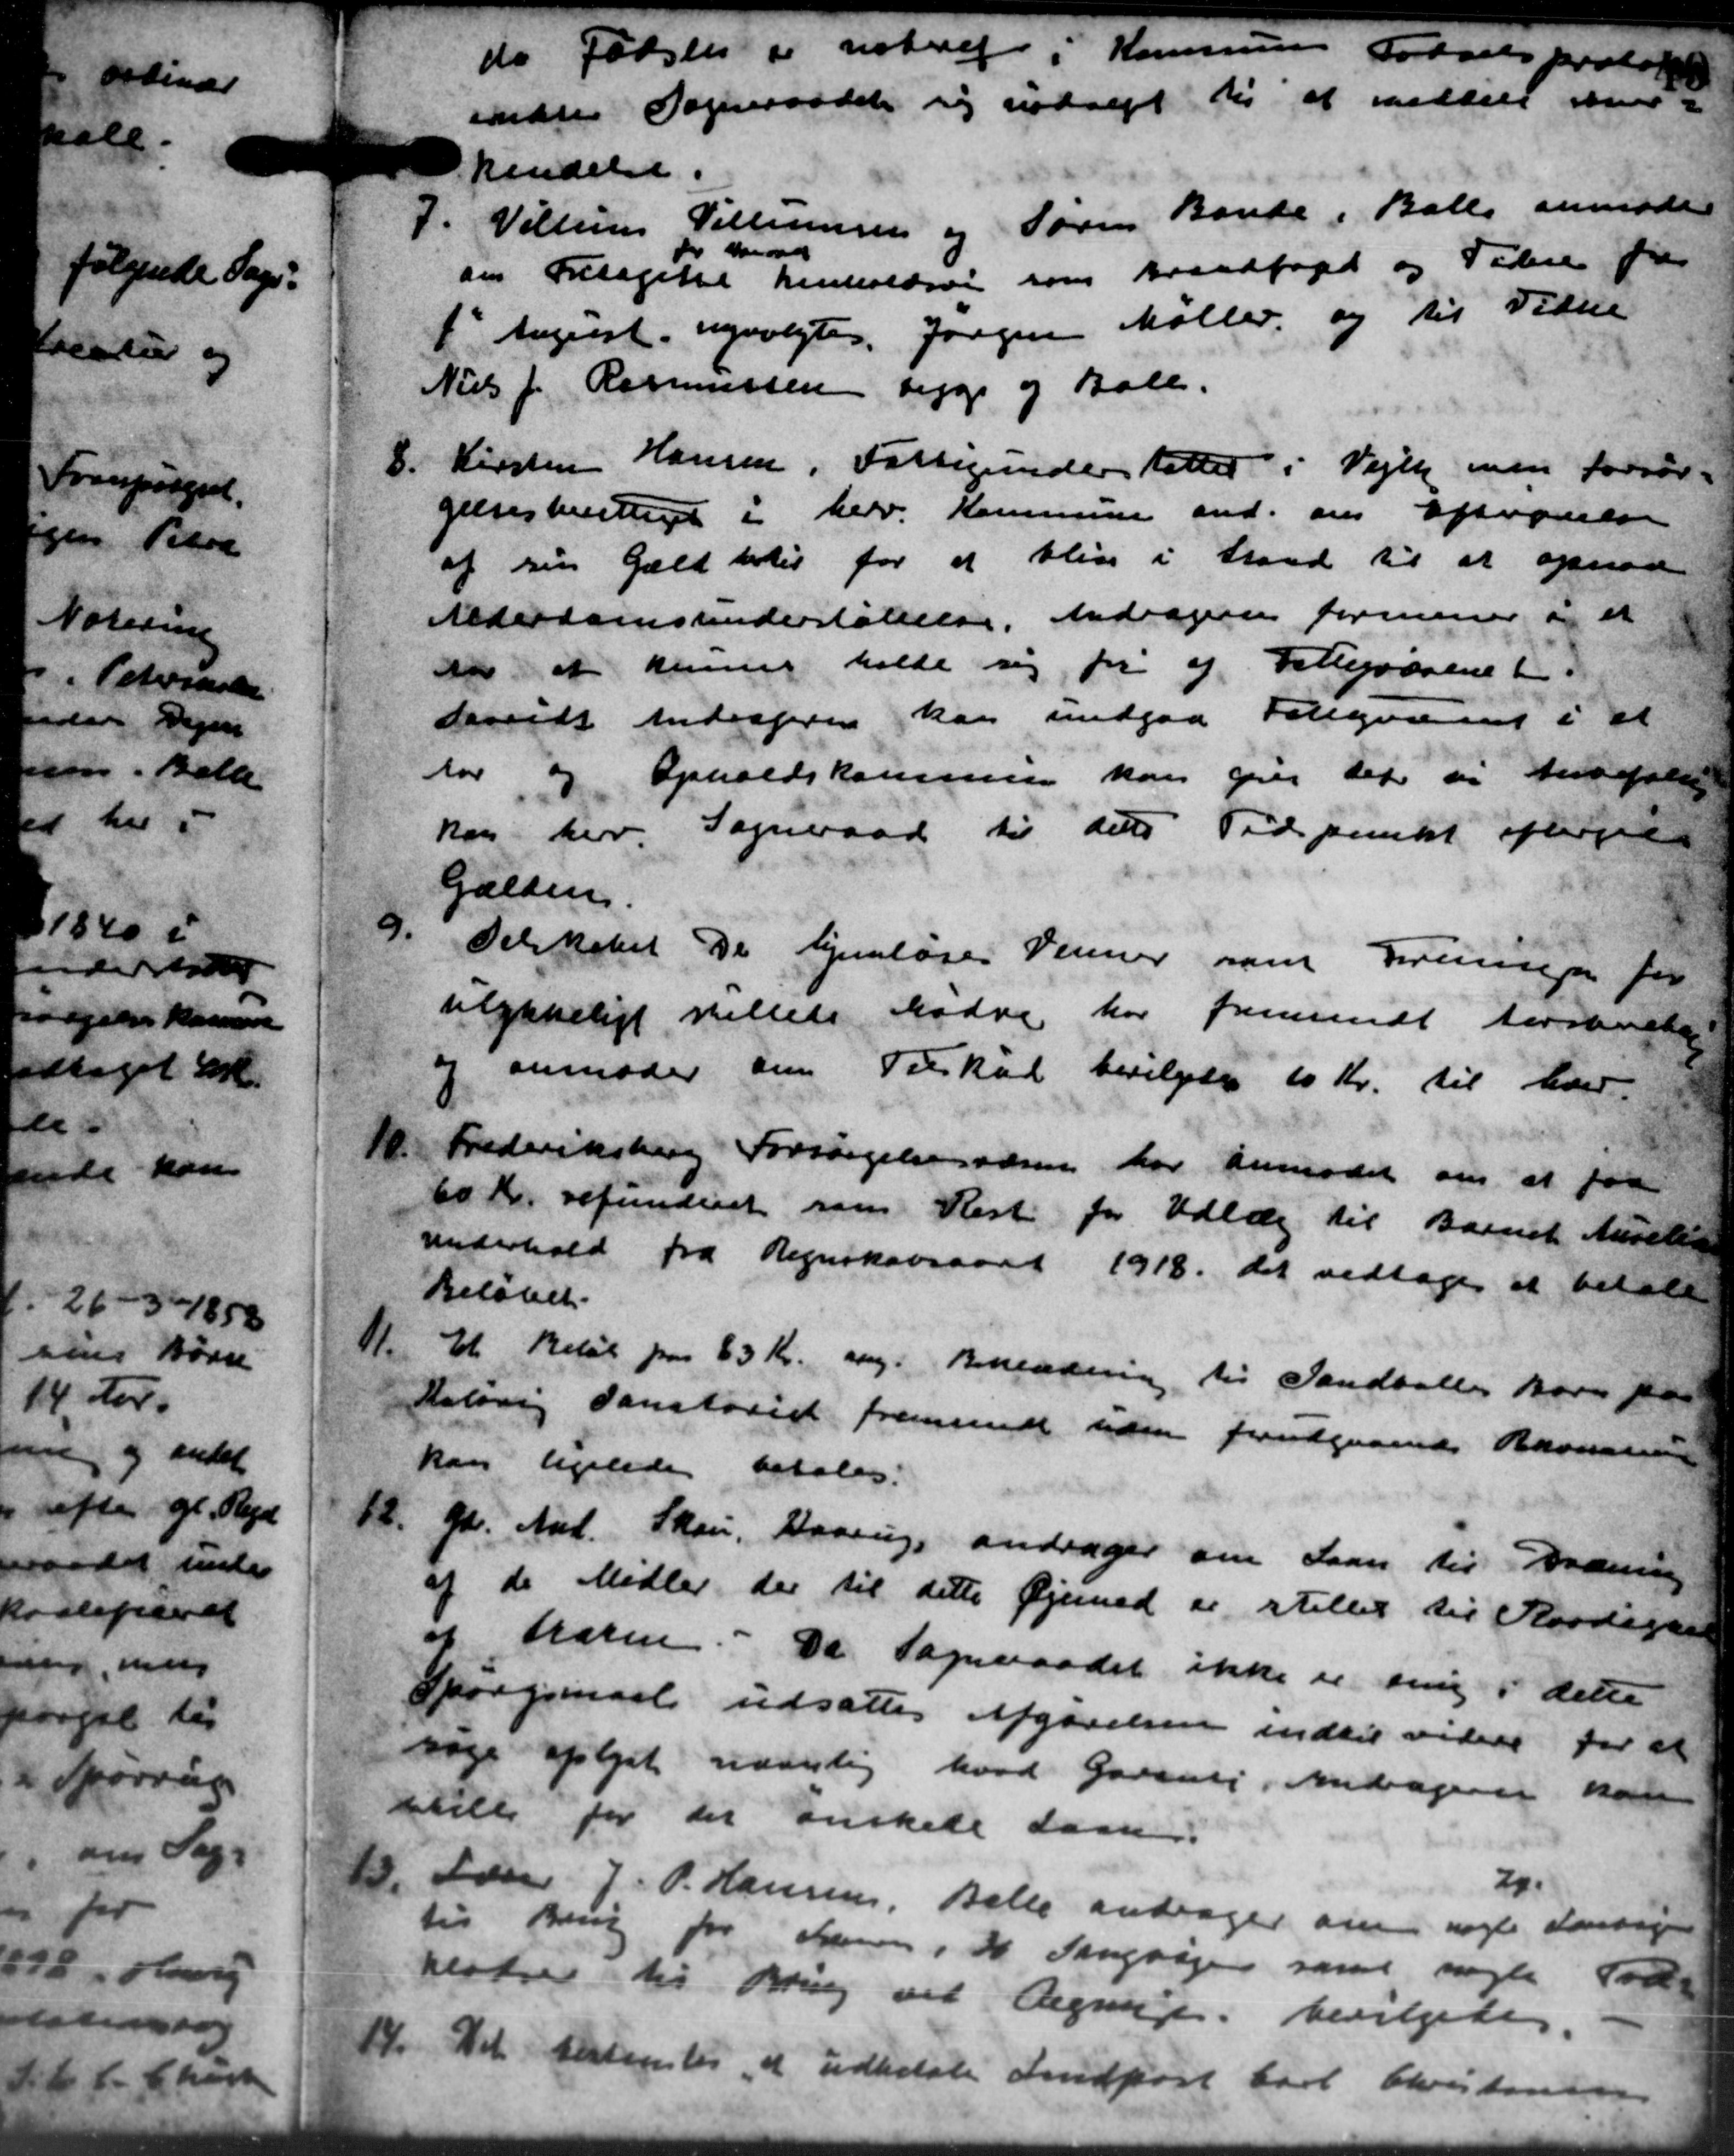
Transskription:
do Fødsles er notre i Kommunens Forselsprotot
endtes Sogneraadet sig nødsagt til at meddele med
dkendelse.
7.
Villum Tillingen og Søren Banke i Balle anmode
om Fritagelse
tor Mad
henholdsvis som trandfoged og Tidere for
1 August, nyvalgtes Jørgen Møller, og til Tidere
Niels J. Rasmussen begge og Bole.
8.
Kirsten Hansen, Fattigunderstøtter i Vejlby men forsør-
gelsesberettiget i herv. Kommune and. om Aftegrelse
af sin Gæld hertil for at blive i Stand til at opnaae
Alderdomsunderstøttelse. Andragende formener og et
da at kunne holde sig fri af Fattigvæsenet.
dervidt Andrageren kan undgaa Fatigvæsnet i at
tor og Opholdskommunen kan over det er tilfalde
kan herv. Sogneraad til dets Tidspunkt efterg
Gælden.
9.
Selskabet De hjemløses Venner som Foreningen for
ulykkeligt villede Mødre har fremsendt herværende
7 anmoder om Tilskud bevilgedes 10 Kr. til hver
10.
Frederiksberg Forsørgelsesvæsen har anmodet om at faa
60 Kr. refunderet som Rest for Udlæg til Barnet Aurelsen
underhold fra Regnskabsaaret 1918, det vedtoges at betale
Beløbet.
11.
Et Beløb paa 63 Kr. ang. Beklædning til Vandballers Barn pa
Kaløvig Danstøsigt fremsendt tiden forudgaaende Rasmussen
kan ligeledes betales.
12.
Gd. And. Skou, Baarup andrager om Laan til Bræning
af de Midler der til dette Øjemed er stillet til Rørdigere
af Maren. Da Sogneraadet ikke er sig i dette
Spørgsmaal udsattes Afgørelsen indtil videre for et
søge oplyst navnlig hvad Garsvej. Andragende kan
stille for der ønskede Laan:
13.
Lærer J. P. Hansen, Balle andrager om nogle Forsagen
20.
til Brug for Stenen, H. Sangvejen samt nogle Tod
hestrer til Bring vil Regning, bevilgedes. -
14.
Det bestemtes, at udbetale Indført Carl Christensen